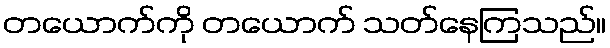
တယောက်ကို တယောက် သတ်နေကြသည်။